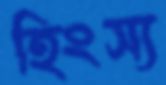
হিংস্য